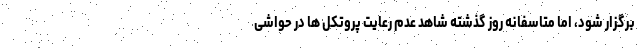
برگزار شود، اما متاسفانه روز گذشته شاهد عدم رعایت پروتکل ها در حواشی